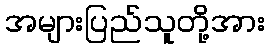
အများပြည်သူတို့အား